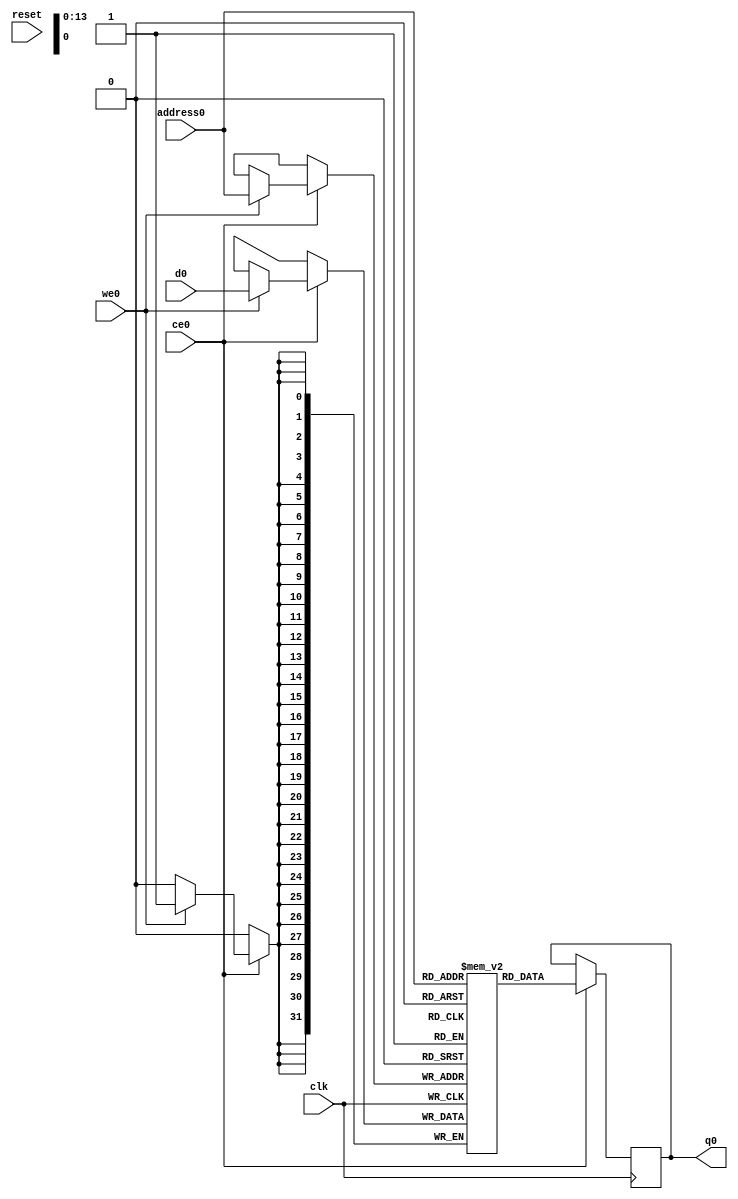
// ==============================================================
// Vitis HLS - High-Level Synthesis from C, C++ and OpenCL v2022.1 (64-bit)
// Tool Version Limit: 2022.04
// Copyright 1986-2022 Xilinx, Inc. All Rights Reserved.
// ==============================================================
`timescale 1 ns / 1 ps
module vadd_join_page_page_A_obj_id_RAM_AUTO_1R1W (address0, ce0, d0, we0, q0,  reset,clk);

parameter DataWidth = 32;
parameter AddressWidth = 14;
parameter AddressRange = 10000;

input[AddressWidth-1:0] address0;
input ce0;
input[DataWidth-1:0] d0;
input we0;
output reg[DataWidth-1:0] q0;
input reset;
input clk;

(* ram_style = "auto" *)reg [DataWidth-1:0] ram[0:AddressRange-1];




always @(posedge clk)  
begin 
    if (ce0) begin
        if (we0) 
            ram[address0] <= d0; 
        q0 <= ram[address0];
    end
end


endmodule